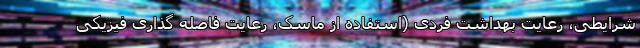
شرایطی، رعایت بهداشت فردی (استفاده از ماسک، رعایت فاصله گذاری فیزیکی